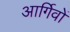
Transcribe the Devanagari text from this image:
आर्गिवों